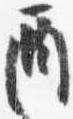
酉